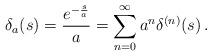
LaTeX: \begin{align*}\delta_a(s)=\frac{e^{-\frac sa}}{a}=\sum_{n=0}^{\infty}a^n\delta^{(n)}(s)\,.\end{align*}